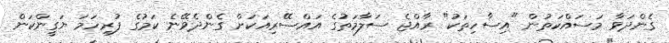
ގެންދަވާ މަސައްކަތުން "އިސާހިތަކު" ރާއްޖެ ސަލާމަތުގެ އައްސޭރިއަކަށް ގެންދެވޭނެ ކަމުގެ ފުރިހަމަ ޔަގީންކަން